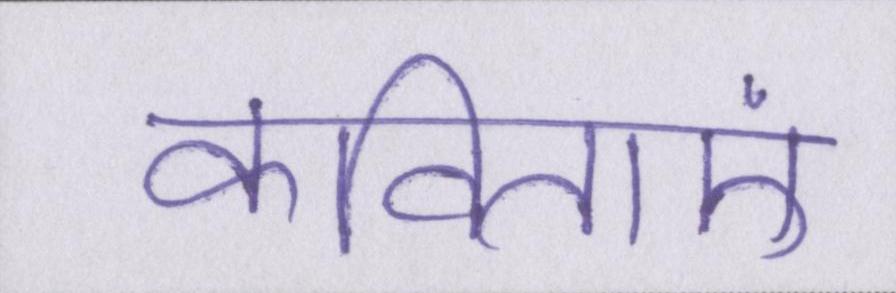
कविताएं